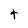
Character: t